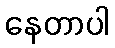
နေတာပါ